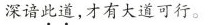
深谙此道，才有大道可行。